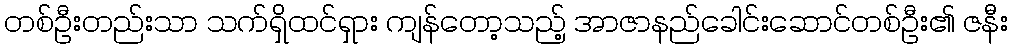
တစ်ဦးတည်းသာ သက်ရှိထင်ရှား ကျန်တော့သည့် အာဇာနည်ခေါင်းဆောင်တစ်ဦး၏ ဇနီး